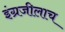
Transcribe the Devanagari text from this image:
इंग्रजीलाच